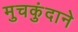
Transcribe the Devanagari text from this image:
मुचकुंदाने